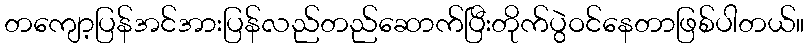
တကျော့ပြန်အင်အားပြန်လည်တည်ဆောက်ပြီးတိုက်ပွဲဝင်နေတာဖြစ်ပါတယ်။